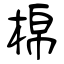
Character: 棉